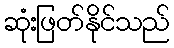
ဆုံးဖြတ်နိုင်သည်